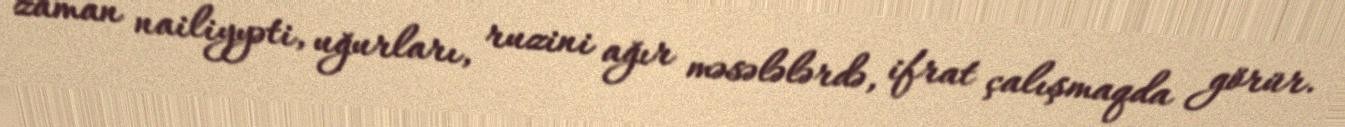
zaman nailiyyəti, uğurları, ruzini ağır məsələlərdə, ifrat çalışmaqda görür.